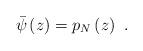
LaTeX: \begin{align*}\bar{\psi}\left( z\right) =p_{N}\left( z\right) ~.\end{align*}